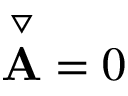
\overset { \triangledown } { \mathbf { A } } = 0